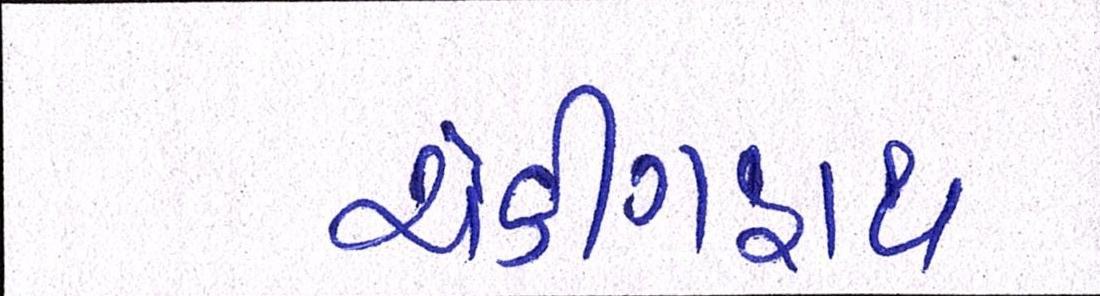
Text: ચેકીંગહાથ